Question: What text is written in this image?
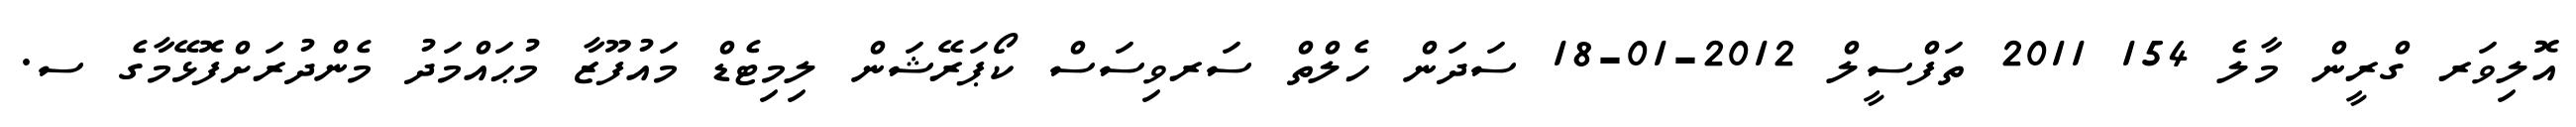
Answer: އޮލިވަރ ގްރީން މާލެ 154 2011 ތަފްސީލް 2012-01-18 ސަދަން ހެލްތް ސަރވިސަސް ކޯޕަރޭޝަން ލިމިޓެޑް މައުފޫޒާ މުޙައްމަދު މެންދުރަށްފޮޅޭމާގެ ސ.